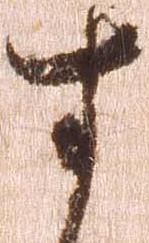
す